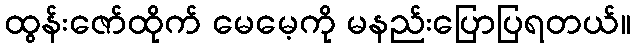
ထွန်းဇော်ထိုက် မေမေ့ကို မနည်းပြောပြရတယ်။